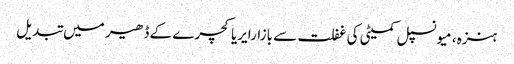
ہنزہ، میونسپل کمیٹی کی غفلت سے بازارایریاکچرے کے ڈھیر میں تبدیل